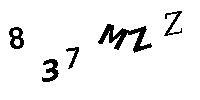
837MZZ